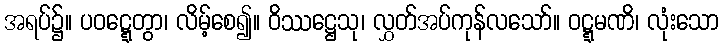
အရပ်၌။ ပဝဋ္ဋေတွာ၊ လိမ့်စေ၍။ ဝိဿဋ္ဌေသု၊ လွှတ်အပ်ကုန်လသော်။ ဝဋ္ဋမဏိ၊ လုံးသော